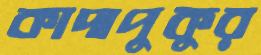
কাদাপুকুর